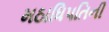
મઠાધિપતિની